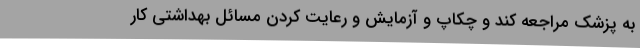
به پزشک مراجعه کند و چکاپ و آزمایش و رعایت کردن مسائل بهداشتی کار